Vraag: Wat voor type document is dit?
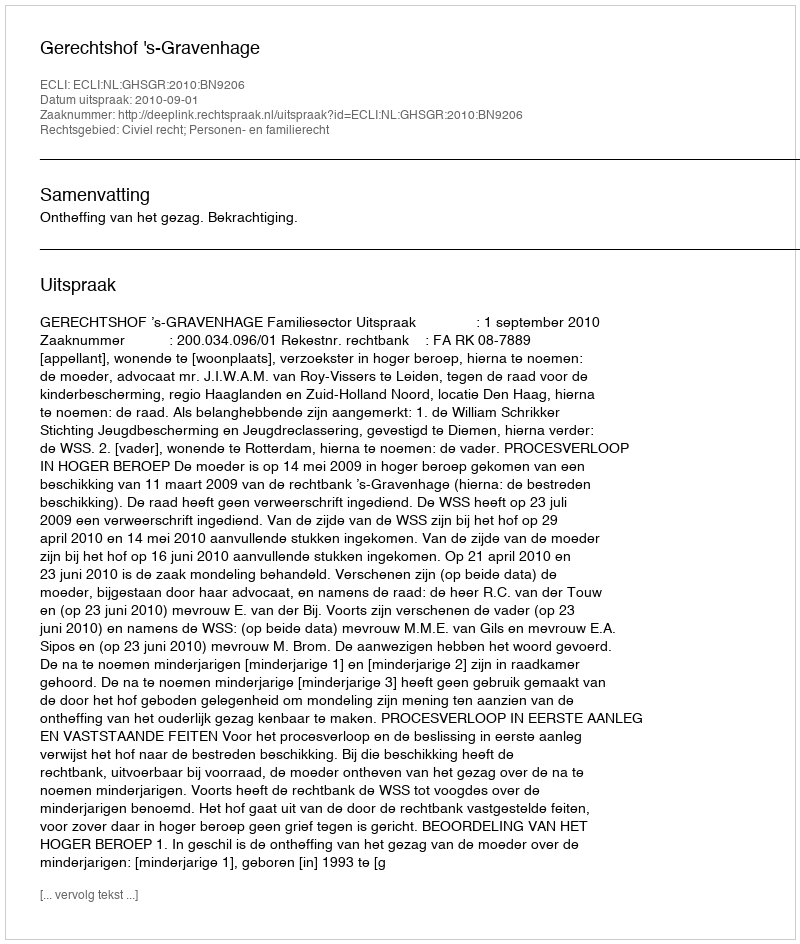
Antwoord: Uitspraak